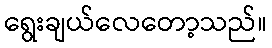
ရွေးချယ်လေတော့သည်။